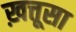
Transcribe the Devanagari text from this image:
ख़त्तूसा